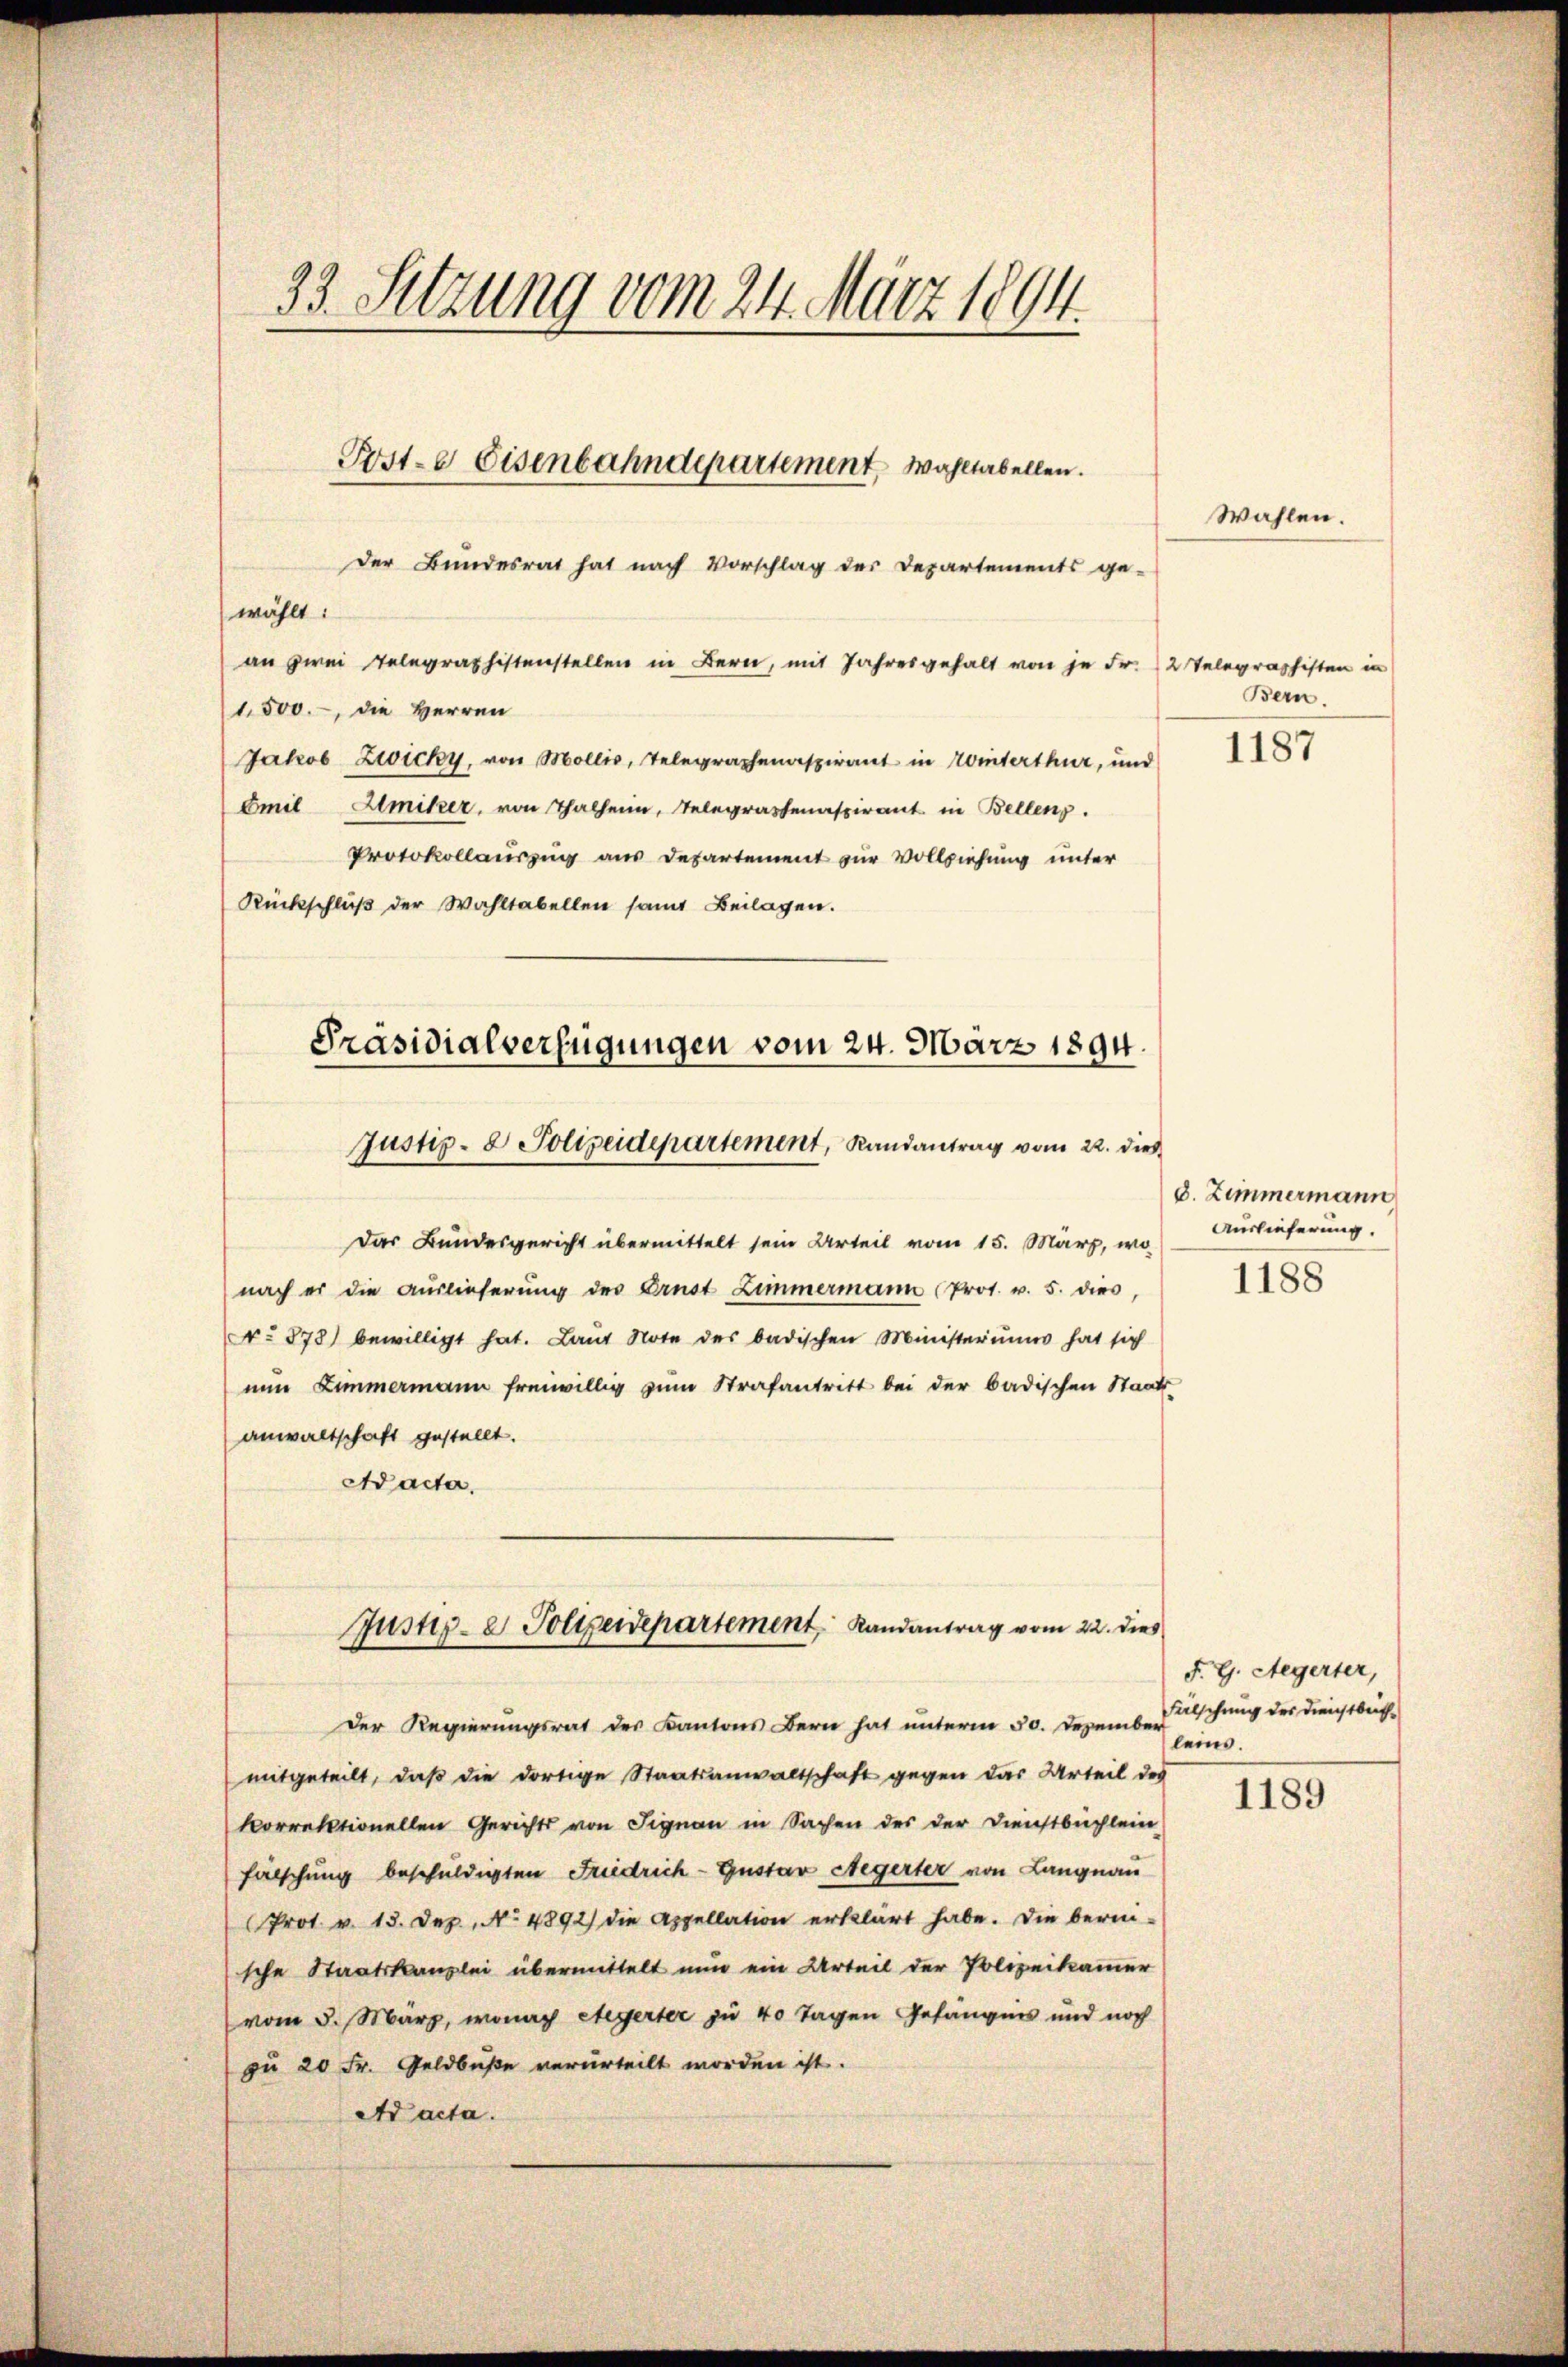
33. Setzung vom 24. März 1894.

Poste Eisenbahndepartement, Wahltabellen.

wählt:
an zwei Gelegraphistenstellen in Bern, mit Jahresgehalt von je Fr. 2 Telegraphisten in
1,500.-, die Herren
Jakob Zwicky, von Mollis, Telegraphenaspirant in Winterthur, und
Emil Gmiker, von Thalheim, Telegraphenaspirant in Bellens.
Protokollauszug aus Departement zur Vollziehung unter
Rückschlŭβ der Wahltabellen samt Beilagen.

Der Bundesrat hat nach Vorschlag der Departements ge-

Präsidialverfügungen vom 24. März 1894
Justiz- & Polizeidepartement, Randantrag vom 22. dieß

Das Bundesgericht übermittelt sein Urteil vom 15. März, wo
nach er die Auslieferung der Ernst Zimmermann (Prot. v. 5. dies
No 878) bewilligt hat. Laut Note des badischen Ministeriums hat sich
nun Zimmermann freiwillig zum Strafantritt bei der badischen Staats-
anwaltschaft gestellt.
Ad acta.

Justiz- & Polizeidepartement Randantrag vom 22. dies
Der Regierungsrat der Kantons Bern hat unterm 30. Dezember schung der Dienstbuch-

mitgeteilt, daß die dortige Staatsanwaltschaft gegen das Urteil des
korrektionellen Gerichts von Signau in Sachen des der Dienstbuchlein
fälschung beschuldigten Friedrich-Gustav Aegerter von Langnau
Prot. v. 13. Dez. No. 4892) die Appellation erklärt habe. Die berei-
sche Staatskanzlei übermittelt nun ein Urteil der Polizeikammer
vom 5. März, wonach Aegerter zu 40 Tagen Gefängnis und noch
zu 20 Fr. Geldbuße verurteilt worden ist.
Ad acta.

Wahlen.

Bern.

1187

8. Zimmermann
Auslieferung.
1188

F. G. Stegerter,
leins.

1189